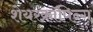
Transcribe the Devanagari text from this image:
शेयरक्रॉपिन्ग